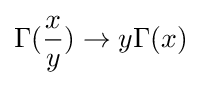
\Gamma ({\frac {x}{y}})\to y\Gamma (x)